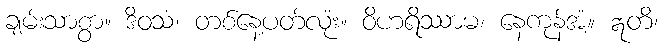
ချမ်းသာစွာ။ ဒိဝသံ၊ တစ်နေ့ပတ်လုံး။ ဝိဟရိဿာမ၊ နေကုန်အံ့။ ဣတိ၊